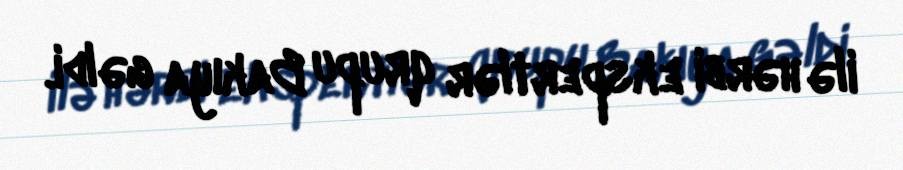
ilə hərbi ekspertlər qrupu Bakıya gəldi.